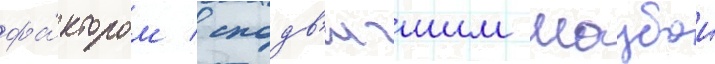
фа́ктором / сподв'игшим маубои